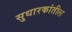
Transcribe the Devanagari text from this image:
सुधारकांतील